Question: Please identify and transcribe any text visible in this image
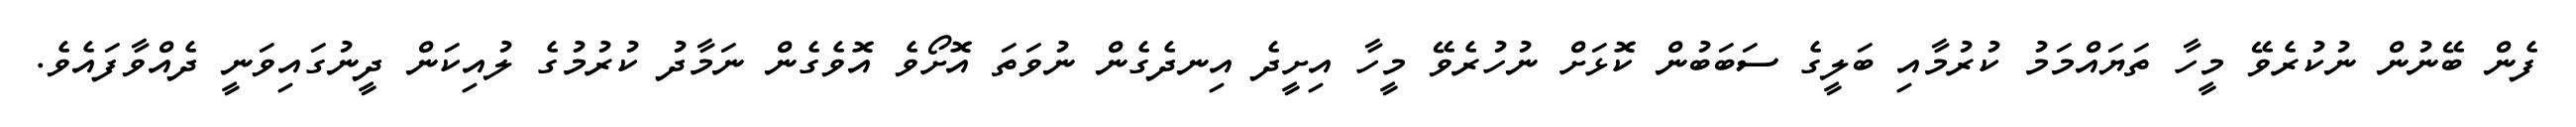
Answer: ފެން ބޭނުން ނުކުރެވޭ މީހާ ތަޔައްމަމު ކުރުމާއި ބަލީގެ ސަބަބުން ކޮޅަށް ނުހުރެވޭ މީހާ އިށީދެ އިނދެގެން ނުވަތަ އޮށޯވެ އޮވެގެން ނަމާދު ކުރުމުގެ ލުއިކަން ދީނުގައިވަނީ ދެއްވާފައެވެ.